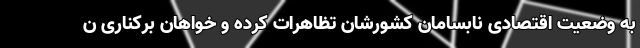
به وضعیت اقتصادی نابسامان کشورشان تظاهرات کرده و خواهان برکناری ن